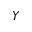
Y